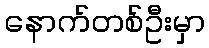
နောက်တစ်ဦးမှာ